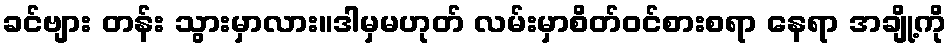
ခင်ဗျား တန်း သွားမှာလား။ဒါမှမဟုတ် လမ်းမှာစိတ်ဝင်စားစရာ နေရာ အချို့ကို